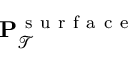
\mathbf { P } _ { \mathcal { T } } ^ { \mathrm { ~ s ~ u ~ r ~ f ~ a ~ c ~ e ~ } }